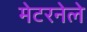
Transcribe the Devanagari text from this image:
मेटरनेले